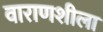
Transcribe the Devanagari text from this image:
वाराणशीला